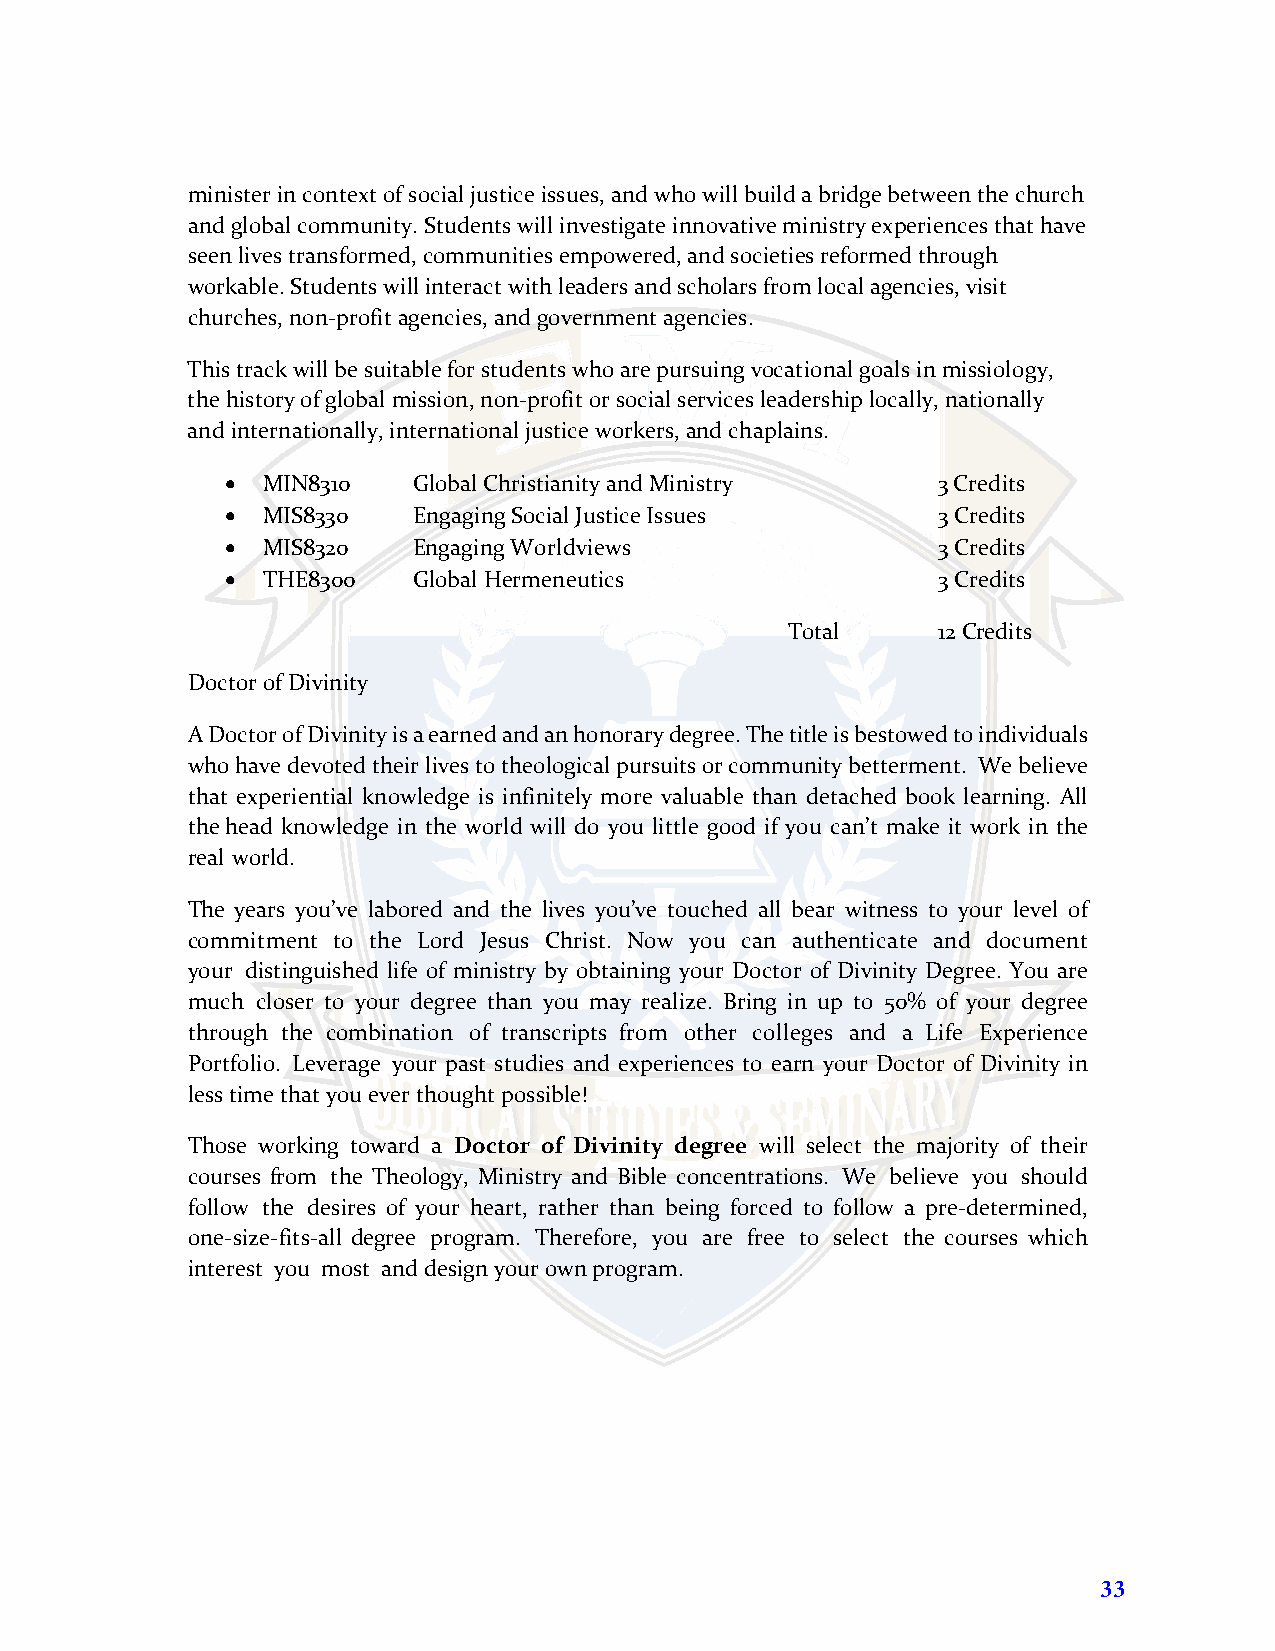
minister in context of social justice issues, and who will build a bridge between the church
 and global community. Students will investigate innovative ministry experiences that have
 seen lives transformed, communities empowered, and societies reformed through
 workable. Students will interact with leaders and scholars from local agencies, visit
 churches, non-profit agencies, and government agencies.
 This track will be suitable for students who are pursuing vocational goals in missiology,
 the history of global mission, non-profit or social services leadership locally, nationally
 and internationally, international justice workers, and chaplains.
 • MIN8310   Global Christianity and Ministry   3 Credits
 • MIS8330   Engaging Social Justice Issues     3 Credits
 • MIS8320   Engaging Worldviews                3 Credits
 • THE8300   Global Hermeneutics                3 Credits
 Total     12 Credits
 Doctor of Divinity
 A Doctor of Divinity is a earned and an honorary degree. The title is bestowed to individuals
 who have devoted their lives to theological pursuits or community betterment. We believe
 that experiential knowledge is infinitely more valuable than detached book learning. All
 the head knowledge in the world will do you little good if you can’t make it work in the
 real world.
 The years you’ve labored and the lives you’ve touched all bear witness to your level of
 commitment to the Lord Jesus Christ. Now you can authenticate and document
 your distinguished life of ministry by obtaining your Doctor of Divinity Degree. You are
 much closer to your degree than you may realize. Bring in up to 50% of your degree
 through the combination of transcripts from other colleges and a Life Experience
 Portfolio. Leverage your past studies and experiences to earn your Doctor of Divinity in
 less time that you ever thought possible!
 Those working toward a Doctor of Divinity degree will select the majority of their
 courses from the Theology, Ministry and Bible concentrations. We believe you should
 follow the desires of your heart, rather than being forced to follow a pre-determined,
 one-size-fits-all degree program. Therefore, you are free to select the courses which
 interest you most and design your own program.
 33